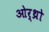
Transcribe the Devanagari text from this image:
ओर्थ्रो